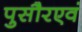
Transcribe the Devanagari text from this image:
पुसौरएवं